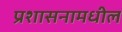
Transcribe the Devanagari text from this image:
प्रशासनामधील